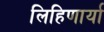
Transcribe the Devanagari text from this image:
लिहिणार्या